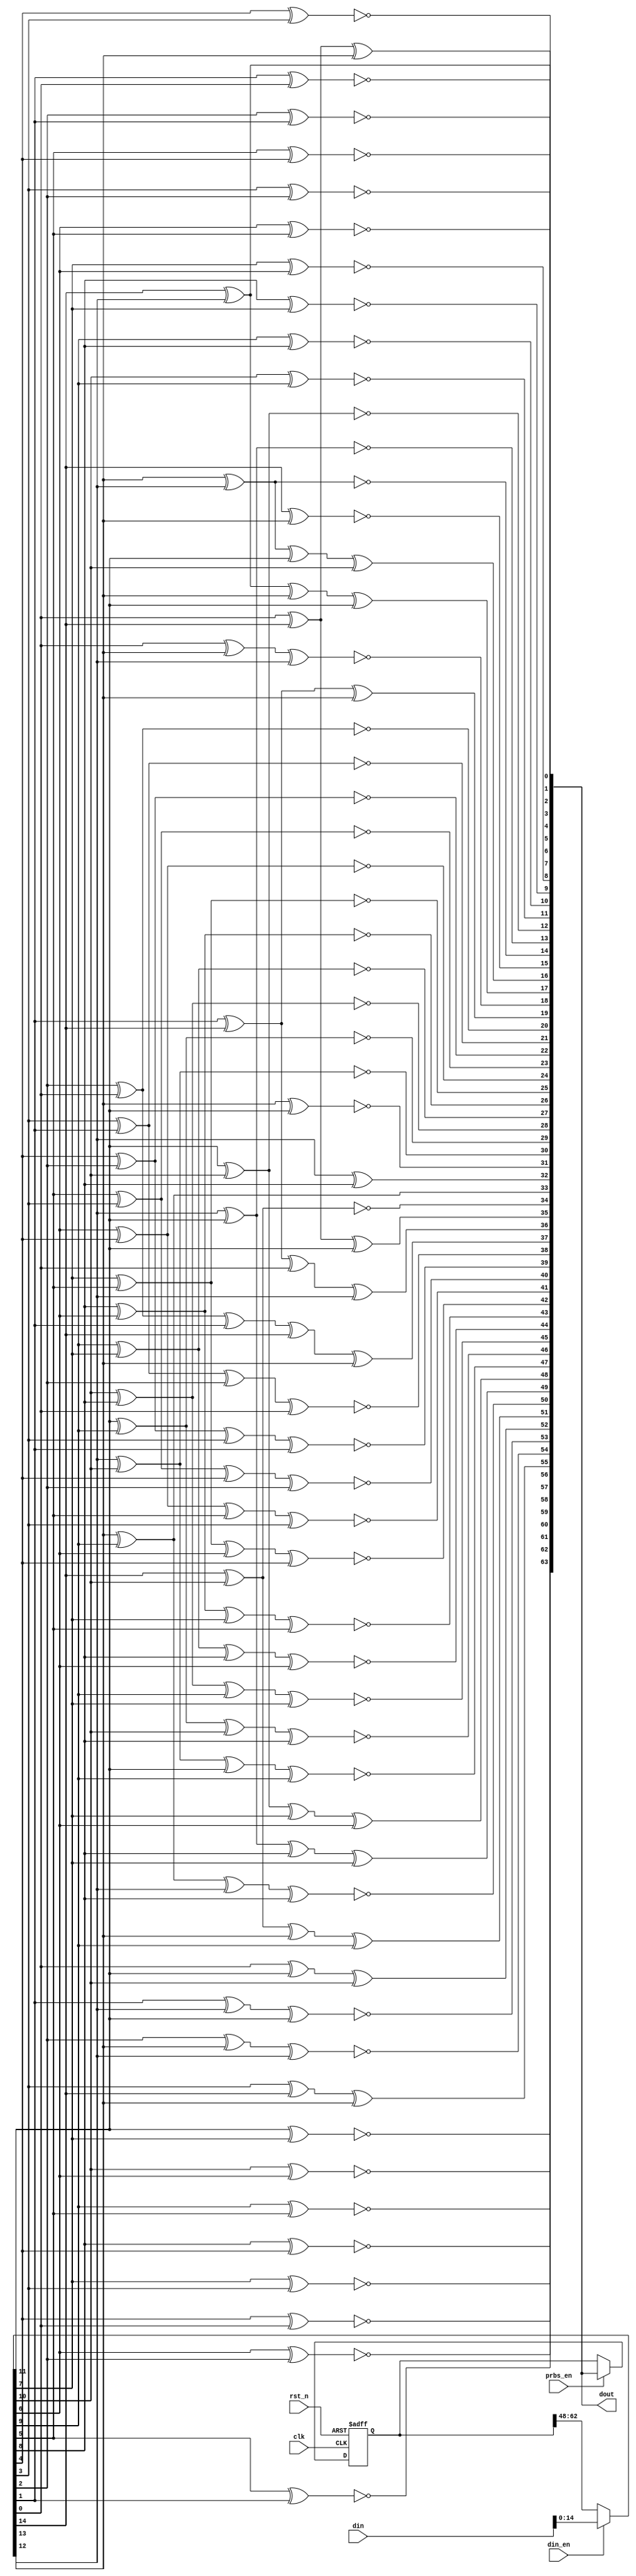
// ALL RIGHTS REVERVED.
//
// THE SOURCE CODE CONTAINED HEREIN IS PROPRIETARY TO PANGO MICROSYSTEMS, INC.
// IT SHALL NOT BE REPRODUCED OR DISCLOSED IN WHOLE OR IN PART OR USED BY
// PARTIES WITHOUT WRITTEN AUTHORIZATION FROM THE OWNER.
//
//////////////////////////////////////////////////////////////////////////////
`timescale 1ns/1ps
module prbs15_64bit_v1_0 #(
    parameter PRBS_INIT   = 16'h00
)
(
    input         clk            ,
    input         rst_n          ,
    input         prbs_en        ,
    
    input         din_en         ,
    input  [15:0] din            ,
    output [63:0] dout           
);

wire [63:0] Y;
reg  [63:0] O;
wire [15:0] X;

assign  Y[63]    = X[11] ^  X[7]  ^ 1 ;                     //Y[46] ^ Y[45] ^ 1 ;
assign  Y[62]    = X[10] ^  X[6]  ^ 1 ;                     //Y[45] ^ Y[44] ^ 1 ;
assign  Y[61]    = X[9]  ^  X[5]  ^ 1 ;                     //Y[44] ^ Y[43] ^ 1 ;
assign  Y[60]    = X[8]  ^  X[4]  ^ 1 ;                     //Y[43] ^ Y[42] ^ 1 ;
assign  Y[59]    = X[7]  ^  X[3]  ^ 1 ;                     //Y[42] ^ Y[41] ^ 1 ;
assign  Y[58]    = X[6]  ^  X[2]  ^ 1 ;                     //Y[41] ^ Y[40] ^ 1 ;
assign  Y[57]    = X[5]  ^  X[1]  ^ 1 ;                     //Y[40] ^ Y[39] ^ 1 ;
assign  Y[56]    = X[4]  ^  X[0]  ^ 1 ;                     //Y[39] ^ Y[38] ^ 1 ;
assign  Y[55]    = X[3]  ^  X[14] ^ X[13] ;                 //Y[38] ^ Y[37] ^ 1 ;
assign  Y[54]    = X[2]  ^  X[13] ^ X[12] ^ 1;              //Y[37] ^ Y[36] ^ 1 ;
assign  Y[53]    = X[1]  ^  X[12] ^ X[11] ^ 1;              //Y[36] ^ Y[35] ^ 1 ;
assign  Y[52]    = X[0]  ^  X[11] ^ X[10] ;                 //Y[35] ^ Y[34] ^ 1 ;
assign  Y[51]    = X[14] ^  X[10] ^ X[13] ^ X[9] ;          //Y[34] ^ Y[33] ^ 1 ;
assign  Y[50]    = X[13] ^  X[9]  ^ X[12] ^ X[8] ^ 1 ;      //Y[33] ^ Y[32] ^ 1 ;
assign  Y[49]    = X[12] ^  X[11] ^ X[8]  ^ X[7] ;          //Y[32] ^ Y[46] ^ Y[45] ;
assign  Y[48]    = X[11] ^  X[10] ^ X[7]  ^ X[6] ;          //Y[46] ^ Y[44] ;

assign  Y[47]    = X[12] ^  X[10] ^ X[11] ^ X[9]  ^ 1 ;     //Y[30] ^ Y[29] ^ 1 ;
assign  Y[46]    = X[11] ^  X[9]  ^ X[10] ^ X[8]  ^ 1 ;     //Y[29] ^ Y[28] ^ 1 ;
assign  Y[45]    = X[10] ^  X[8]  ^ X[9]  ^ X[7]  ^ 1 ;     //Y[28] ^ Y[27] ^ 1 ;
assign  Y[44]    = X[9]  ^  X[7]  ^ X[8]  ^ X[6]  ^ 1 ;     //Y[27] ^ Y[26] ^ 1 ;
assign  Y[43]    = X[8]  ^  X[6]  ^ X[7]  ^ X[5]  ^ 1 ;     //Y[26] ^ Y[25] ^ 1 ;
assign  Y[42]    = X[7]  ^  X[5]  ^ X[6]  ^ X[4]  ^ 1 ;     //Y[25] ^ Y[24] ^ 1 ;
assign  Y[41]    = X[6]  ^  X[4]  ^ X[5]  ^ X[3]  ^ 1 ;     //Y[24] ^ Y[23] ^ 1 ;
assign  Y[40]    = X[5]  ^  X[3]  ^ X[4]  ^ X[2]  ^ 1 ;     //Y[23] ^ Y[22] ^ 1 ;
assign  Y[39]    = X[4]  ^  X[2]  ^ X[3]  ^ X[1]  ^ 1 ;     //Y[22] ^ Y[21] ^ 1 ;
assign  Y[38]    = X[3]  ^  X[1]  ^ X[2]  ^ X[0]  ^ 1 ;     //Y[21] ^ Y[20] ^ 1 ;
assign  Y[37]    = X[2]  ^  X[0]  ^ X[1]  ^ X[14] ^ X[13] ; //Y[20] ^ Y[19] ^ 1 ;
assign  Y[36]    = X[1]  ^  X[14] ^ X[0]  ^ X[12] ;         //Y[19] ^ Y[18] ^ 1 ;
assign  Y[35]    = X[0]  ^  X[14] ^ X[11] ;                 //Y[18] ^ Y[17] ^ 1 ;
assign  Y[34]    = X[14] ^  X[10] ^ 1 ;                     //Y[17] ^ Y[16] ^ 1 ;
assign  Y[33]    = X[13] ^  X[9]  ^ 0 ;                     //Y[16] ^ Y[30] ^ Y[29] ;
assign  Y[32]    = X[12] ^  X[8]  ^ 0 ;                     //Y[30] ^ Y[28] ;

assign  Y[31]    = X[13] ^  X[11] ^ 1 ;                     //Y[14] ^ Y[13] ^ 1 ;
assign  Y[30]    = X[12] ^  X[10] ^ 1 ;                     //Y[13] ^ Y[12] ^ 1 ;
assign  Y[29]    = X[11] ^  X[9]  ^ 1 ;                     //Y[12] ^ Y[11] ^ 1 ;
assign  Y[28]    = X[10] ^  X[8]  ^ 1 ;                     //Y[11] ^ Y[10] ^ 1 ;
assign  Y[27]    = X[9]  ^  X[7]  ^ 1 ;                     //Y[10] ^ Y[9]  ^ 1 ;
assign  Y[26]    = X[8]  ^  X[6]  ^ 1 ;                     //Y[9]  ^ Y[8]  ^ 1 ;
assign  Y[25]    = X[7]  ^  X[5]  ^ 1 ;                     //Y[8]  ^ Y[7]  ^ 1 ;
assign  Y[24]    = X[6]  ^  X[4]  ^ 1 ;                     //Y[7]  ^ Y[6]  ^ 1 ;
assign  Y[23]    = X[5]  ^  X[3]  ^ 1 ;                     //Y[6]  ^ Y[5]  ^ 1 ;
assign  Y[22]    = X[4]  ^  X[2]  ^ 1 ;                     //Y[5]  ^ Y[4]  ^ 1 ;
assign  Y[21]    = X[3]  ^  X[1]  ^ 1 ;                     //Y[4]  ^ Y[3]  ^ 1 ;
assign  Y[20]    = X[2]  ^  X[0]  ^ 1 ;                     //Y[3]  ^ Y[2]  ^ 1 ;
assign  Y[19]    = X[1]  ^  X[14] ^ X[13] ;                 //Y[2]  ^ Y[1]  ^ 1 ;
assign  Y[18]    = X[0]  ^  X[13] ^ X[12] ^ 1 ;             //Y[1]  ^ Y[0]  ^ 1;
assign  Y[17]    = X[14] ^  X[12] ^ X[13] ^ X[11] ;         //Y[0]  ^ Y[14] ^ Y[13] ;
assign  Y[16]    = X[13] ^  X[12] ^ X[11] ^ X[10] ;         //Y[14] ^ Y[12] ;
//assign  Y[15:2]  = X[14:1] ^ X[13:0] ^ 14'h3fff ;         // Y = X15 + X14 + 1
assign  Y[15]    = X[14] ^  X[13] ^ 1 ;
assign  Y[14]    = X[13] ^  X[12] ^ 1 ;
assign  Y[13]    = X[12] ^  X[11] ^ 1 ;
assign  Y[12]    = X[11] ^  X[10] ^ 1 ;
assign  Y[11]    = X[10] ^  X[9]  ^ 1 ;
assign  Y[10]    = X[9]  ^  X[8]  ^ 1 ;
assign  Y[9]     = X[8]  ^  X[7]  ^ 1 ;
assign  Y[8]     = X[7]  ^  X[6]  ^ 1 ;
assign  Y[7]     = X[6]  ^  X[5]  ^ 1 ;
assign  Y[6]     = X[5]  ^  X[4]  ^ 1 ;
assign  Y[5]     = X[4]  ^  X[3]  ^ 1 ;
assign  Y[4]     = X[3]  ^  X[2]  ^ 1 ;
assign  Y[3]     = X[2]  ^  X[1]  ^ 1 ;
assign  Y[2]     = X[1]  ^  X[0]  ^ 1 ;
assign  Y[1]     = X[0]  ^  X[14] ^ X[13] ^ 0 ;                // X[0] ^ Y[15]  ^ 1;
assign  Y[0]     = X[14] ^  X[12] ^ 0 ;                        // Y[14] ^ Y[15] ^ 1;


assign X = (din_en==1) ? din : O[63:48] ;

always@(posedge clk or negedge rst_n)
begin
   if(!rst_n) begin
      O   <= PRBS_INIT;
   end
   else if (prbs_en) begin
      O   <= Y;
   end
   else begin
      O   <= O;
   end
end

assign dout  = Y;

endmodule